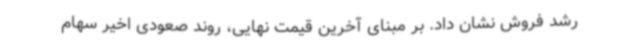
رشد فروش نشان داد. بر مبنای آخرین قیمت نهایی، روند صعودی اخیر سهام